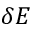
\delta E